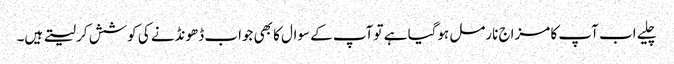
چلیے اب آپ کا مزاج نارمل ہوگیا ہے تو آپ کے سوال کا بھی جواب ڈھونڈنے کی کوشش کر لیتے ہیں۔